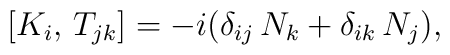
[K_i,\,T_{jk}]=-i(\delta_{ij}\,N_k +\delta_{ik}\,N_j),